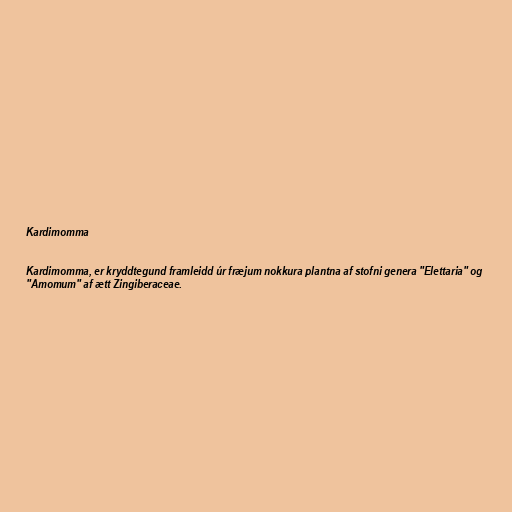
Kardimomma

Kardimomma, er kryddtegund framleidd úr fræjum nokkura plantna af stofni genera "Elettaria" og
"Amomum" af ætt Zingiberaceae.